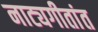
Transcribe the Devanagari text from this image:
नाट्यगीतांत